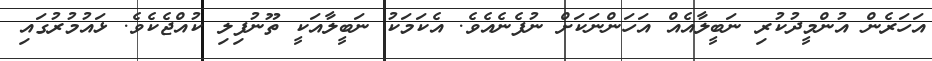
އަހަރެން އުންމީދުކުރި ނަބީލާއެއް އަހަންނަކަށް ނުފެނެއެވެ. އެކަމަކު ނަބީލާއަކީ ތޫނުފިލި ކުއްޖެކެވެ. ޅައުމުރުގައި